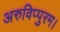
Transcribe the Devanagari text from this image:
अरुविप्पुरम।